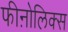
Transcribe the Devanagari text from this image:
फीऩोलिक्स